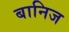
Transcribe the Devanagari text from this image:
बानिज